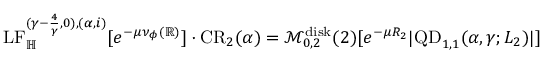
\begin{array} { r } { \mathrm { L F } _ { \mathbb H } ^ { ( \gamma - \frac { 4 } { \gamma } , 0 ) , ( \alpha , i ) } [ e ^ { - \mu \nu _ { \phi } ( \mathbb R ) } ] \cdot \mathrm { { C R } } _ { 2 } ( \alpha ) = \mathcal M _ { 0 , 2 } ^ { \mathrm { d i s k } } ( 2 ) [ e ^ { - \mu R _ { 2 } } | \mathrm { Q D } _ { 1 , 1 } ( \alpha , \gamma ; L _ { 2 } ) | ] } \end{array}